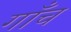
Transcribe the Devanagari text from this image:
गाँच